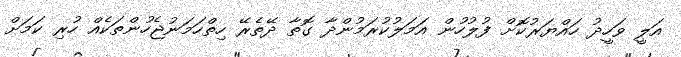
އަލީ ވަހީދު ހައްޔަރުކޮށް ފުލުހުން އަމަލުކުރަމުންދާ ގޮތާ ދޭތެރޭ ހިތްހަމަނުޖެހުންތަކެއް ހުރި ކަމަށް